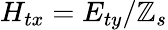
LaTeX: H_{tx}=E_{ty}/\mathbb{Z}_{s}